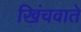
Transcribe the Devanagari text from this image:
खिंचवाते